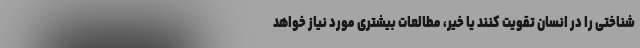
شناختی را در انسان تقویت کنند یا خیر، مطالعات بیشتری مورد نیاز خواهد